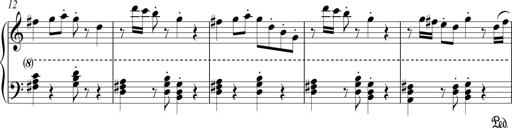
Title: Sonatina No. 1 in C
Composer: A. Marando
Key: C major